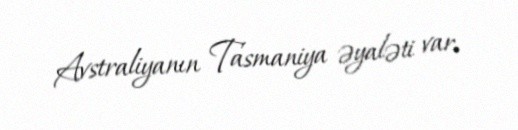
Avstraliyanın Tasmaniya əyaləti var.